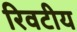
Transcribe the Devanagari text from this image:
रिवटीय